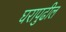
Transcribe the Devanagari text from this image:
घरापुढील